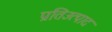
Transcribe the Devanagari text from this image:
प्रतिउत्पाद